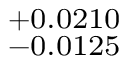
^ { + 0 . 0 2 1 0 } _ { - 0 . 0 1 2 5 }